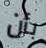
بأن